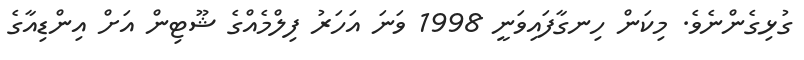
ގުޅިގެންނެވެ. މިކަން ހިނގާފައިވަނީ 1998 ވަނަ އަހަރު ފިލްމެއްގެ ޝޫޓިން އަށް އިންޑިއާގެ